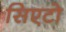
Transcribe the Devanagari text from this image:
सिएटो